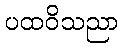
ပထဝိသညာ